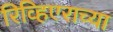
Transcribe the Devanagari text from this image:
रिव्हिएराच्या